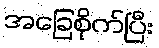
အခြေစိုက်ပြီး